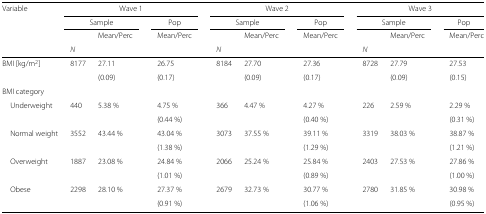
| Variable | <COLSPAN=4> Wave 1 |  | <COLSPAN=4> Wave 2 |  | <COLSPAN=4> Wave 3 |
 |  | <COLSPAN=2> Sample |  | Pop |  | <COLSPAN=2> Sample |  | Pop |  | <COLSPAN=2> Sample |  | Pop |
 |  |  | Mean/Perc |  | Mean/Perc |  |  | Mean/Perc |  | Mean/Perc |  |  | Mean/Perc |  | Mean/Perc |
 |  | N |  |  |  |  | N |  |  |  |  | N |  |  |  |
 | --- | --- | --- | --- | --- | --- | --- | --- | --- | --- | --- | --- | --- | --- | --- |
 | BMI [kg/m2] | 8177 | 27.11 |  | 26.75 |  | 8184 | 27.70 |  | 27.36 |  | 8728 | 27.79 |  | 27.53 |
 |  |  | (0.09) |  | (0.17) |  |  | (0.09) |  | (0.17) |  |  | (0.09) |  | (0.15) |
 | BMI category |  |  |  |  |  |  |  |  |  |  |  |  |  |  |
 | Underweight | 440 | 5.38 % |  | 4.75 % |  | 366 | 4.47 % |  | 4.27 % |  | 226 | 2.59 % |  | 2.29 % |
 |  |  |  |  | (0.44 %) |  |  |  |  | (0.40 %) |  |  |  |  | (0.31 %) |
 | Normal weight | 3552 | 43.44 % |  | 43.04 % |  | 3073 | 37.55 % |  | 39.11 % |  | 3319 | 38.03 % |  | 38.87 % |
 |  |  |  |  | (1.38 %) |  |  |  |  | (1.29 %) |  |  |  |  | (1.21 %) |
 | Overweight | 1887 | 23.08 % |  | 24.84 % |  | 2066 | 25.24 % |  | 25.84 % |  | 2403 | 27.53 % |  | 27.86 % |
 |  |  |  |  | (1.01 %) |  |  |  |  | (0.89 %) |  |  |  |  | (1.00 %) |
 | Obese | 2298 | 28.10 % |  | 27.37 % |  | 2679 | 32.73 % |  | 30.77 % |  | 2780 | 31.85 % |  | 30.98 % |
 |  |  |  |  | (0.91 %) |  |  |  |  | (1.06 %) |  |  |  |  | (0.95 %) |